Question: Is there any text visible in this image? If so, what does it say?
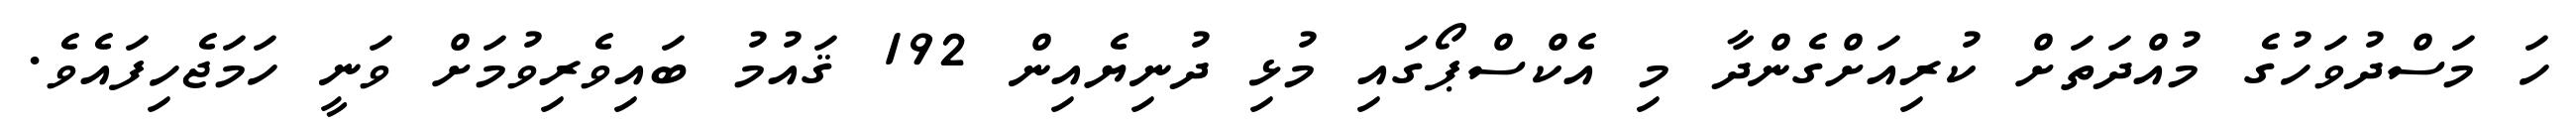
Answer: ހަ މަސްދުވަހުގެ މުއްދަތަށް ކުރިއަށްގެންދާ މި އެކްސްޕޯގައި މުޅި ދުނިޔެއިން 192 ޤައުމު ބައިވެރިވުމަށް ވަނީ ހަމަޖެހިފައެވެ.